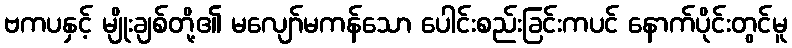
ဗကပနှင့် မျိုးချစ်တို့၏ မလျော်မကန်သော ပေါင်းစည်းခြင်းကပင် နောက်ပိုင်းတွင်မူ